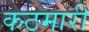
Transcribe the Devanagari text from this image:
कठमारी